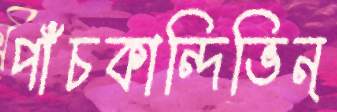
পাঁচকান্দিভিন্